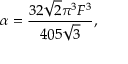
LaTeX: \alpha = \frac { 3 2 \sqrt { 2 } \pi ^ { 3 } F ^ { 3 } } { 4 0 5 \sqrt { 3 } } ,